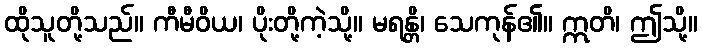
ထိုသူတို့သည်။ ကီမီဝိယ၊ ပိုးတို့ကဲ့သို့။ မရန္တိ၊ သေကုန်၏။ ဣတိ၊ ဤသို့။